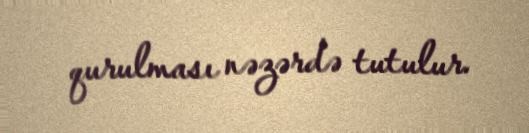
qurulması nəzərdə tutulur.